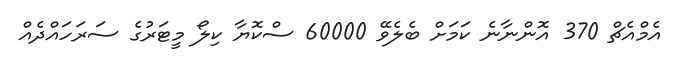
އެމްއެޗް 370 އޮންނާނެ ކަމަށް ބެލެވޭ 60000 ސްކޮޔާ ކިލޯ މީޓަރުގެ ސަރަހައްދެއް